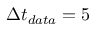
\Delta t _ { d a t a } = 5